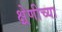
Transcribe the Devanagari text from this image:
क्ष्रेणीच्या